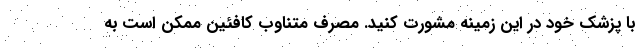
با پزشک خود در این زمینه مشورت کنید. مصرف متناوب کافئین ممکن است به